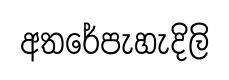
අතරේපැහැදිලි